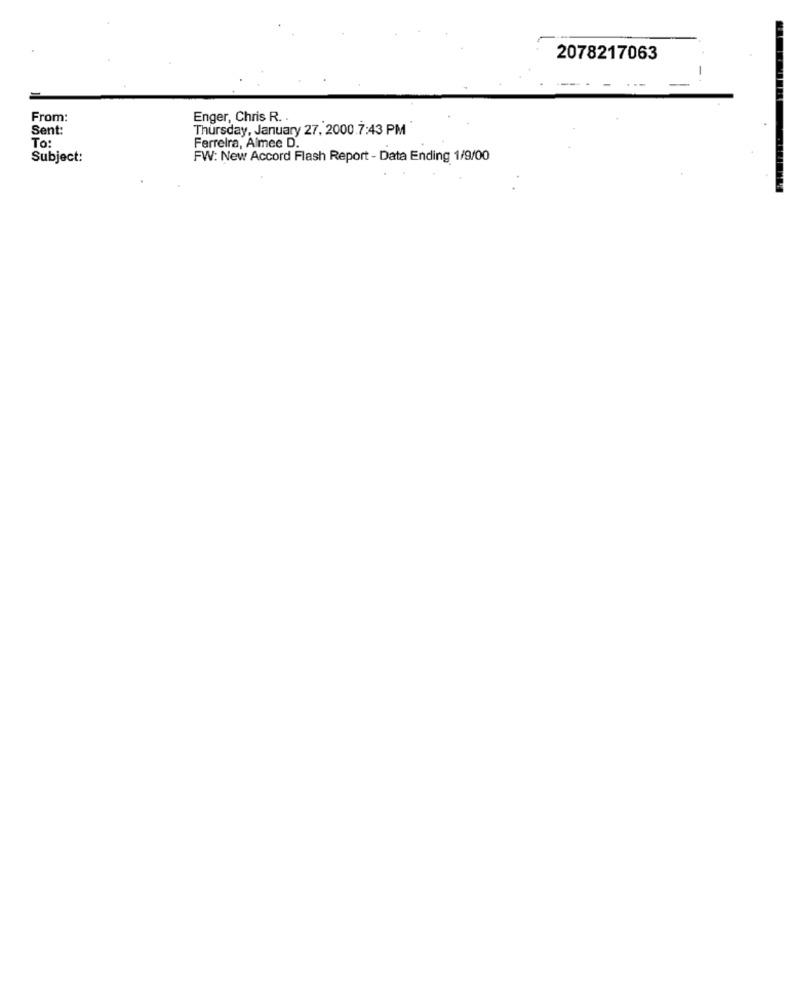
2078217063
From:
Enger, Chris R. .
Sent:
Thursday, January 27, 2000.7:43 PM
To:
Ferreira, Almee D.
Subject:
FW: New Accord Flash Report - Data Ending 1/9/00